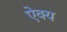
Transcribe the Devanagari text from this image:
ऐक्‍य